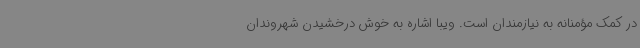
در کمک مؤمنانه به نیازمندان است. ویبا اشاره به خوش درخشیدن شهروندان